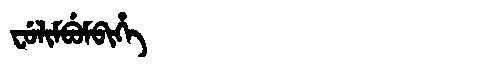
Manchu: ᠸᡠᠯᡳᠮᠪᡠᠮᠪᡳᡥᡝ
Romanization: FULIMBUMBIHE